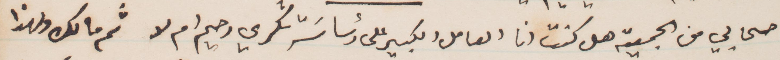
اصحابي من الجمعية هل كنت انا العامل الكبير على رئاسة شكري رحيم ام لا ثم ما لك ولهذا